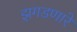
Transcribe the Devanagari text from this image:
झगडणारे